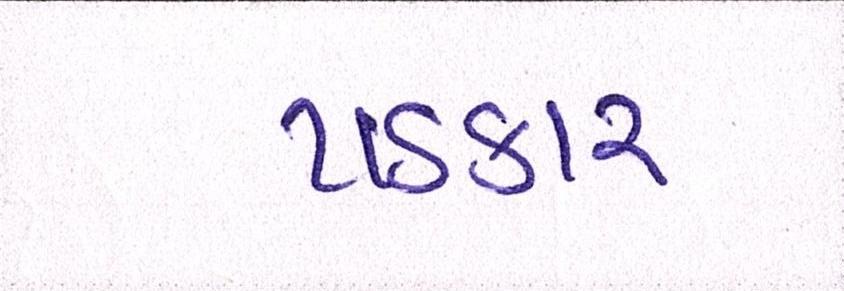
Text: પડકાર